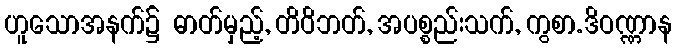
ဟူသောအနက်၌ ဓာတ်မှည့်, တိဝိဘတ်, အပစ္စည်းသက်, ကွစာ.ဒိဝဏ္ဏာန